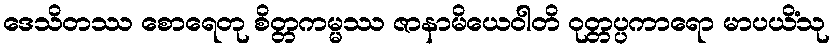
ဒေသိတဿ စောရေတု စိတ္တကမ္မဿ ဇာနာမိယေဝါတိ ဝုတ္တပ္ပကာရော မာပယိံသု